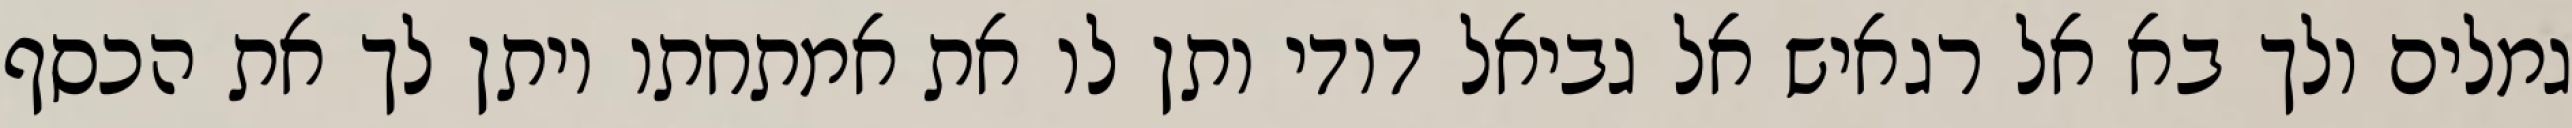
גמלים ולך בא אל רגאיש אל גביאל דודי ותן לו את אמתחתו ויתן לך את הכסף